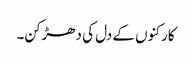
کارکنوں کے دل کی دھڑکن۔